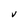
Character: V